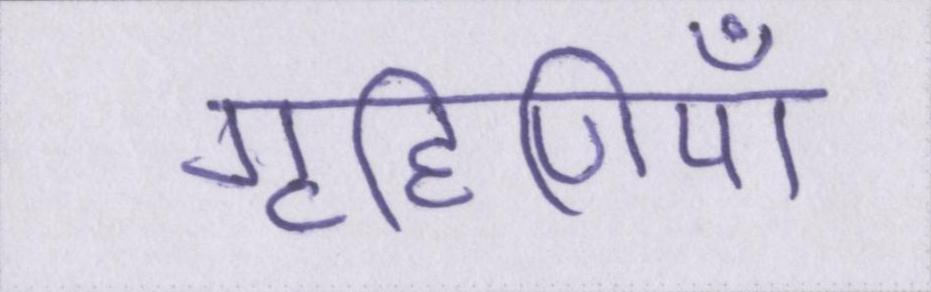
गृहिणियाँ